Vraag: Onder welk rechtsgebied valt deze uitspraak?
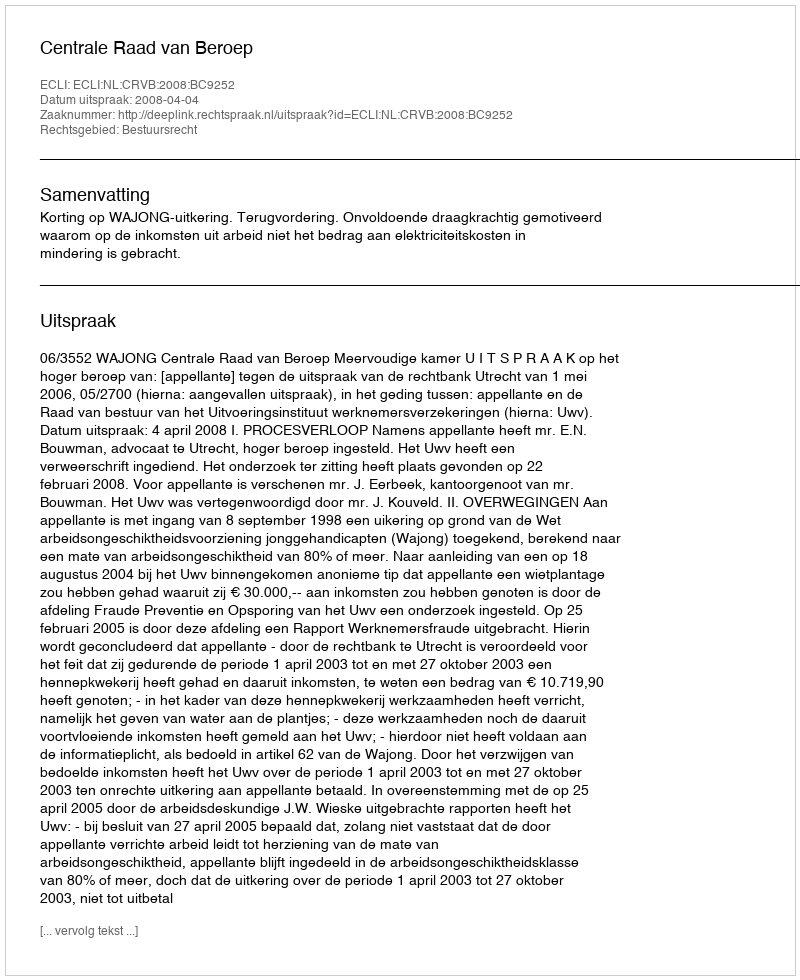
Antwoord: Bestuursrecht